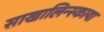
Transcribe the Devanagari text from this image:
साखालिन्स्काया